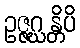
ဥဇ္ဇဂ္ဃန္တိပိ